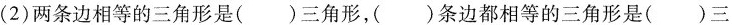
(2)两条边相等的三角形是()三角形，)条边都相等的三角形是()三